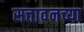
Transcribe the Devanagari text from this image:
सत्तावनच्या